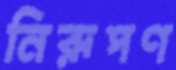
নিরূপণ